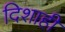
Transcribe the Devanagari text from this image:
दिशाही